TRU_Ajalooring, lk 52
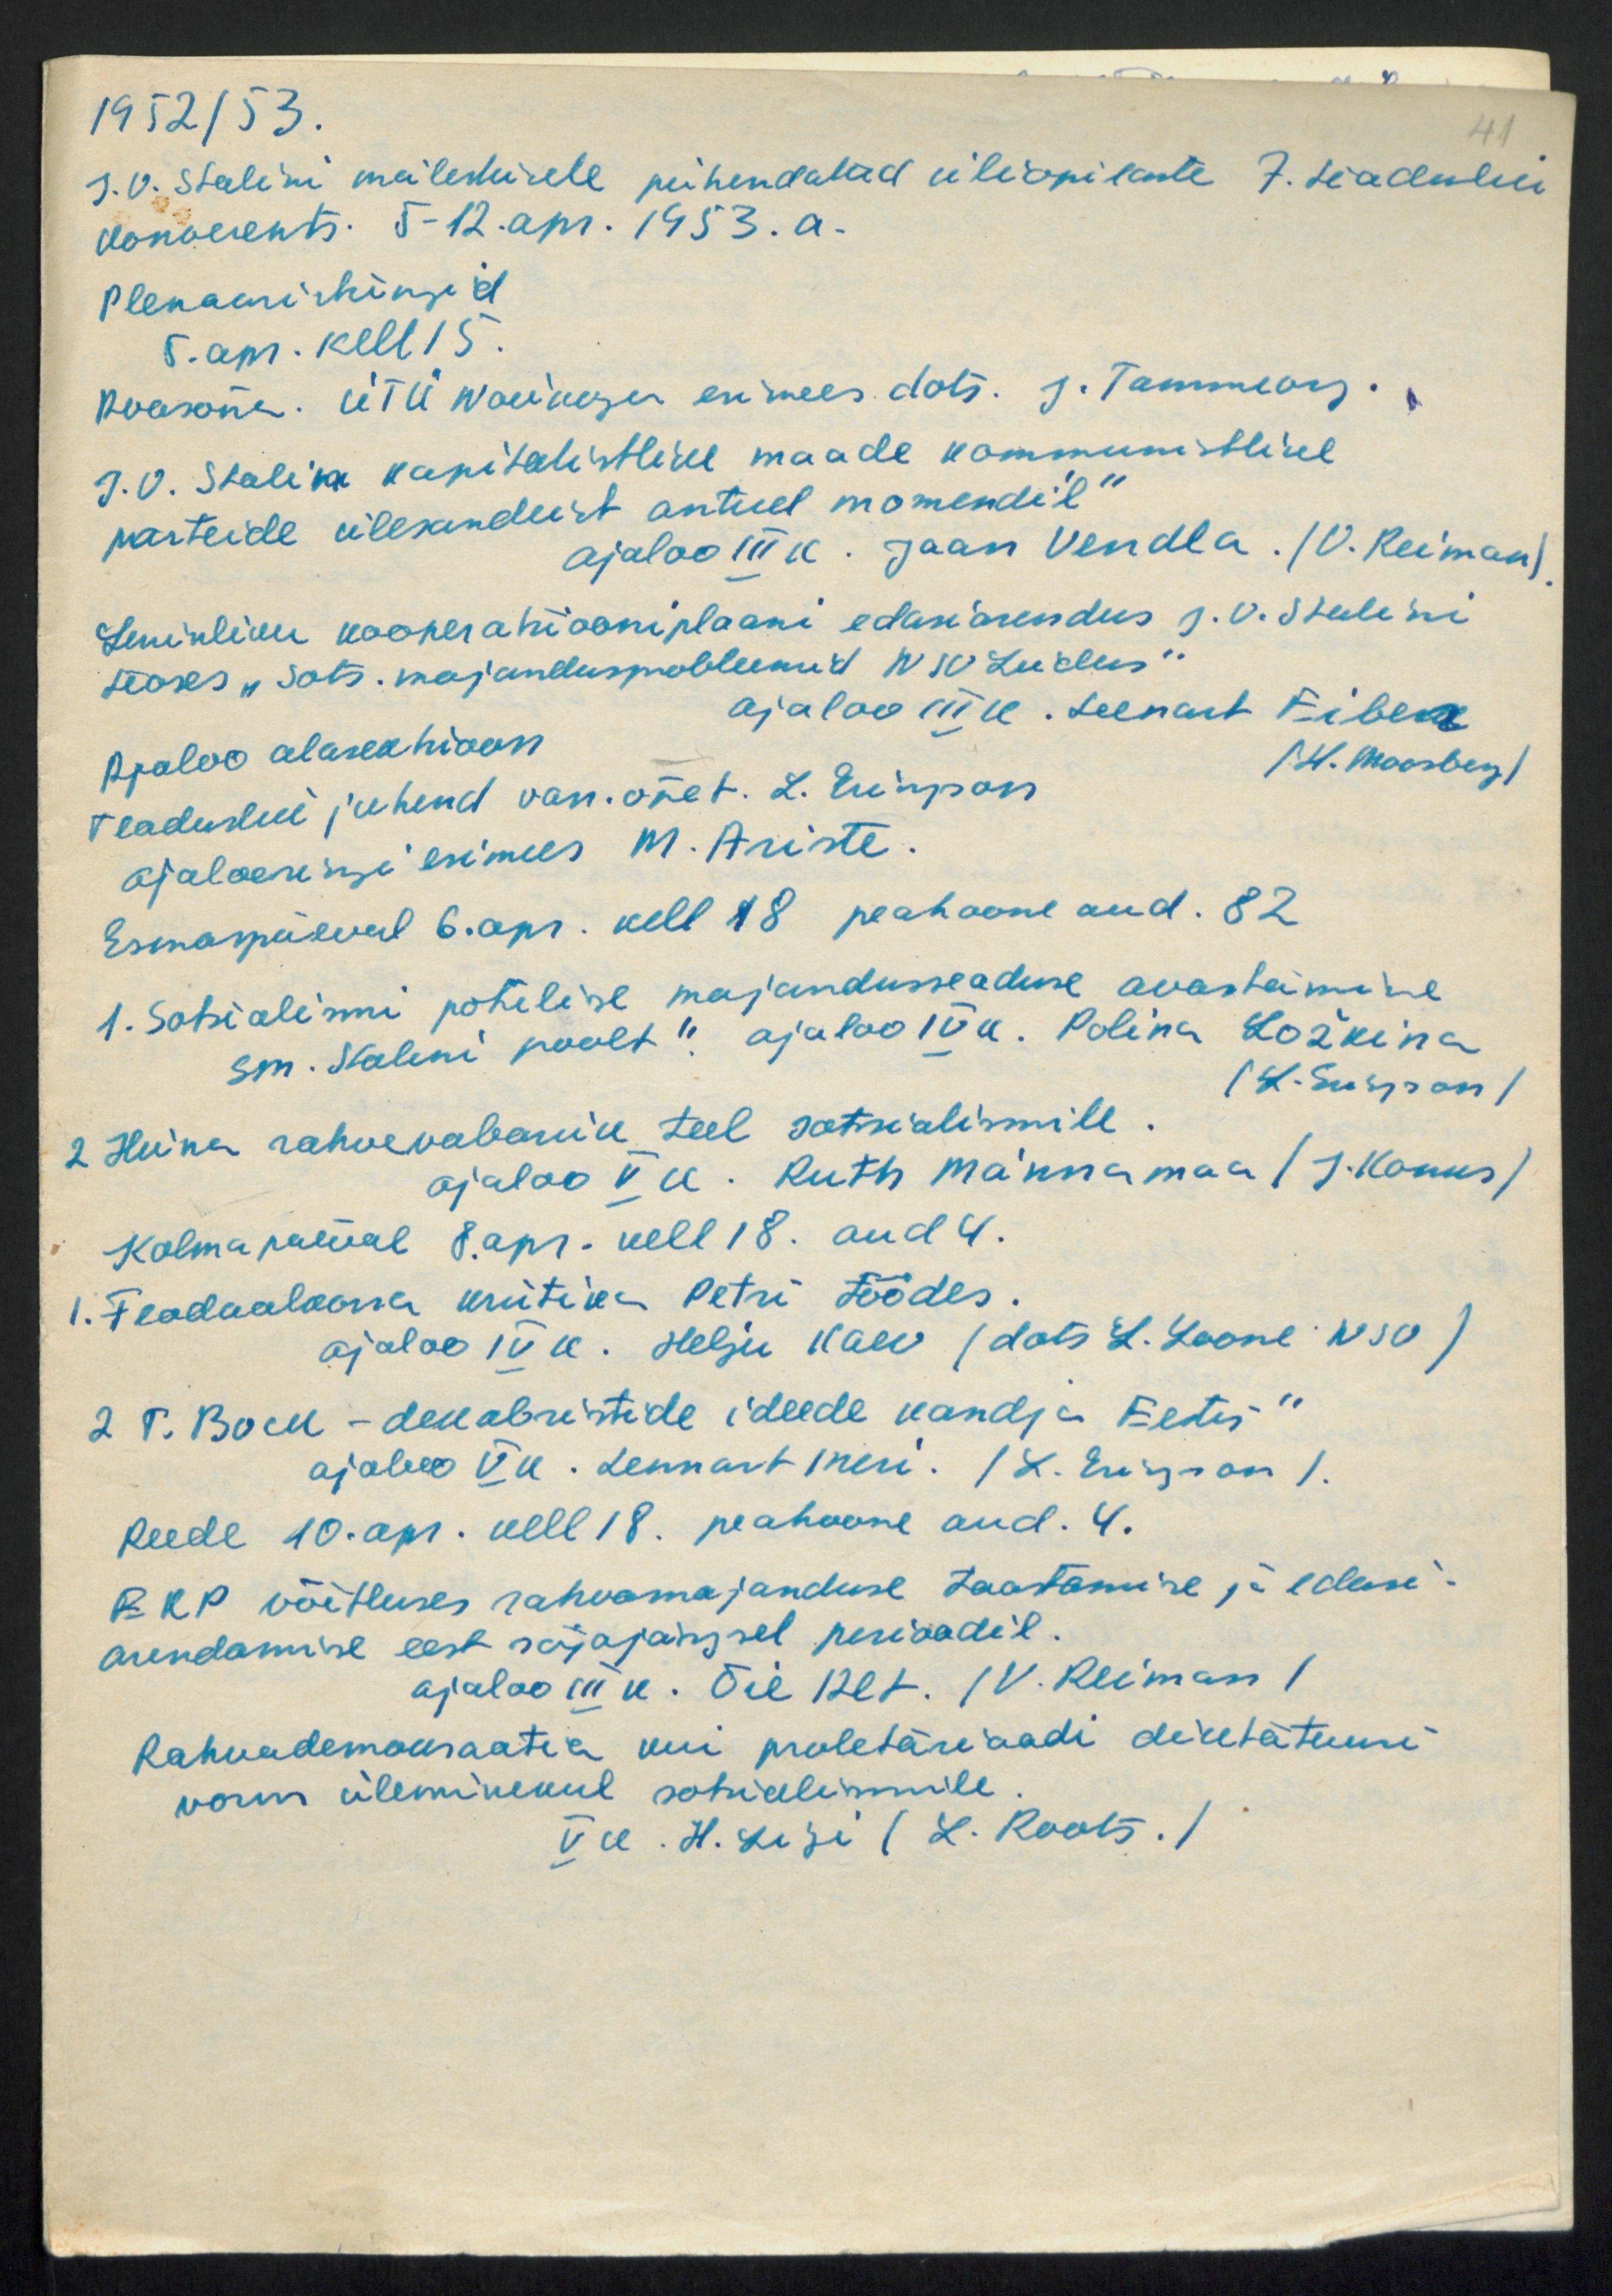
1952/53.
41
J.V. Stalini mälestusele pühendatud üliõpilaste 7. teadulik
konverents 5-12. apr. 1953.a.
Plenaaristungid
5. apr. kell 15.
Avasõna. ÜTÜ Nõukogu esimees. dots. J. Tammeorg.
J. V. Stalin kapitalistlike maade kommunistlike
parteide ülesandeist antud momendil.“
ajaloo III k. Jaan Vendla. (V. Reiman)
Leninliku kooperatooniplaani edasiarendus J. V. Stalini
teoses "Sots. majandusprobleemid NSV Liidus"
ajaloo III a. Leenart Fibek
Ajaloo alasektsioon
/ H. Moosberg/
teaduslik juhend van. õpet. L. Eringson
ajalooringi esimees M. Ariste
Esmaspäeval 6. apr. kell 18 peahoone aud. 82
1. Sotsialimi pahelise majandusseaduse avastamine
sm. Stalini poolt" ajaloo IV k. Polina Ložkina
(L. Siisjon)
2. Hiinaa rahvavabariik teel sotsialismile.
ajaloo V a. Ruth Männamaa (J.Konks)
Kolmapäeval 8. apr. kell 18. aud 4.
1. Feodaalkorra kriitika Petri töödes.
ajaloo IV k. Helju Kaev (dots L. Loone NSV)
2. T. Bock - dekabristide ideede kandja Eestis"
ajaloo V k. Lennart meri. (L Erigson).
Reede 10. apr. kell 18. peahoone aud. 4.
EKP võitluses rahvamajanduse taastamise ja edasi-
arendamise eest sõjajärgsel perioodil.
ajaloo III k. Õie 12lt. (V. Reiman)
Rahvademakraatia kui proletäriaadi diktatatuuri.
vorm üleminekul sotsialismile.
V k. H. Ligi (L. Roots. )